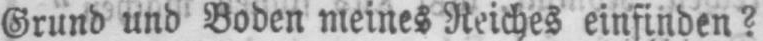
Grund und Boden meines Reiches einfinden?